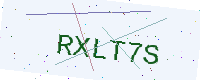
Text: RXLT7S